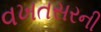
વખતસરની